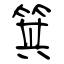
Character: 箕